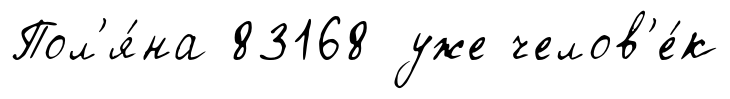
Пол'я́на 83168 уже челов'е́к